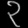
Digit: ၃